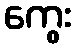
ကွေး